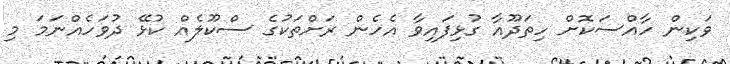
ވަކިން ހާއްސަކޮށް ހިތަދޫއާ ގުޅިފައިވާ އެހެން ރަށްތަކުގެ ސްކޫލެއް ކުޅޭ ދުވަހެއްނަމަ މި